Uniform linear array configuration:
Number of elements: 48
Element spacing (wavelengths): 0.25
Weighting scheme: uniform
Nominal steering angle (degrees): -45
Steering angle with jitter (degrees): -43.403
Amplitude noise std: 0.05
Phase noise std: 0.05

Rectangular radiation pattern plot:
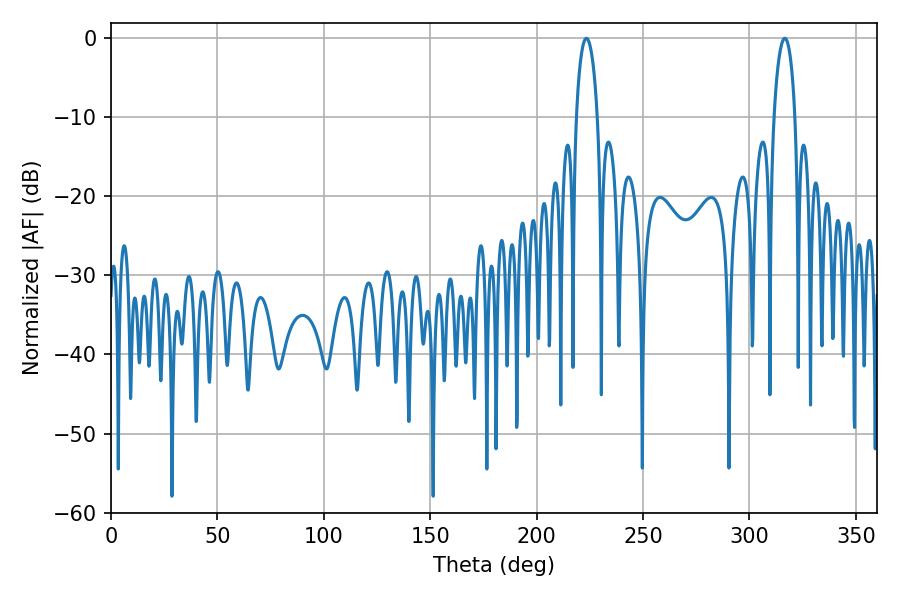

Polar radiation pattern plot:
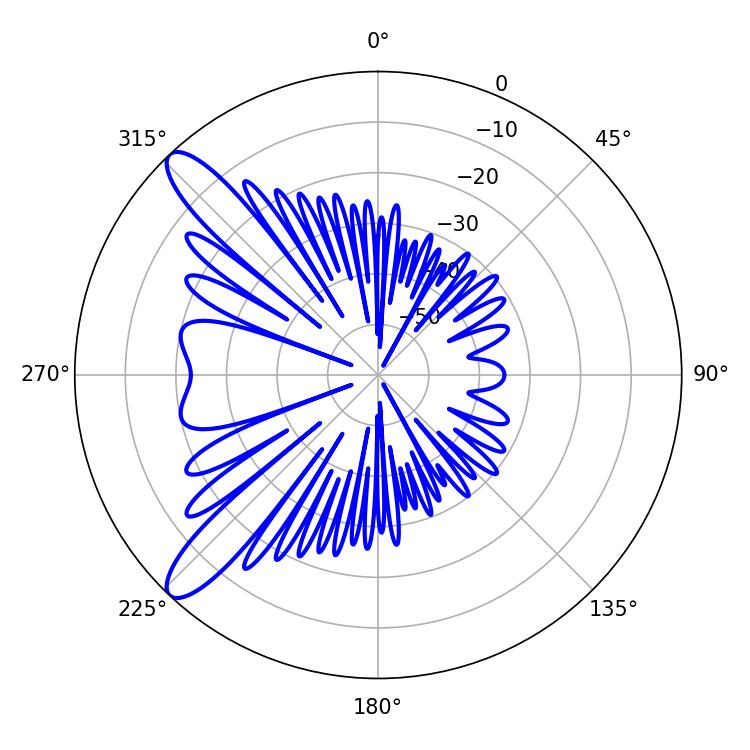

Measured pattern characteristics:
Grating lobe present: FALSE
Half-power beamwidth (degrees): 5.58
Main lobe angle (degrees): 223.38